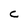
Character: C